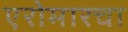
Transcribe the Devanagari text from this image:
एरोमारचा